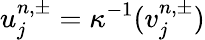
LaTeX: u_{j}^{n,\pm}=\kappa^{-1}(v_{j}^{n,\pm})